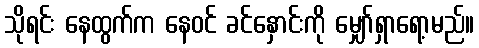
သိုရင်း နေထွက်က နေဝင် ခင်နှောင်းကို မျှော်ရှာရော့မည်။